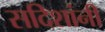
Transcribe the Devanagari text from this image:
सदिशांनी